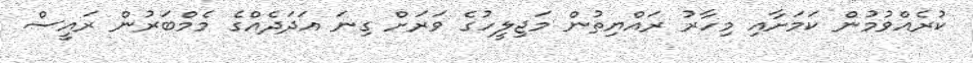
ކުރެއްވުމުން ކަމަށާއި މިހާރު ރައްޔިތުން މަޖިލީހުގެ ވަރަށް ގިނަ އަދަދެއްގެ މެމްބަރުން ރައީސް